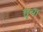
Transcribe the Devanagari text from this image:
त्तृया